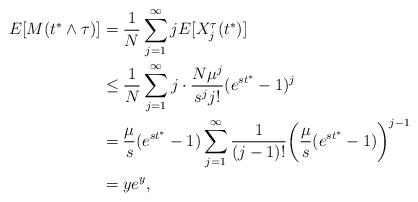
LaTeX: \begin{align*}E[M(t^* \wedge \tau)] &= \frac{1}{N} \sum_{j=1}^{\infty} j E[X_j^{\tau}(t^*)] \\&\leq \frac{1}{N} \sum_{j=1}^{\infty} j \cdot \frac{N \mu^j}{s^j j!} (e^{st^*} - 1)^j \\&= \frac{\mu}{s} (e^{st^*} - 1) \sum_{j=1}^{\infty} \frac{1}{(j-1)!} \bigg( \frac{\mu}{s} (e^{st^*} - 1) \bigg)^{j-1} \\&= ye^y,\end{align*}